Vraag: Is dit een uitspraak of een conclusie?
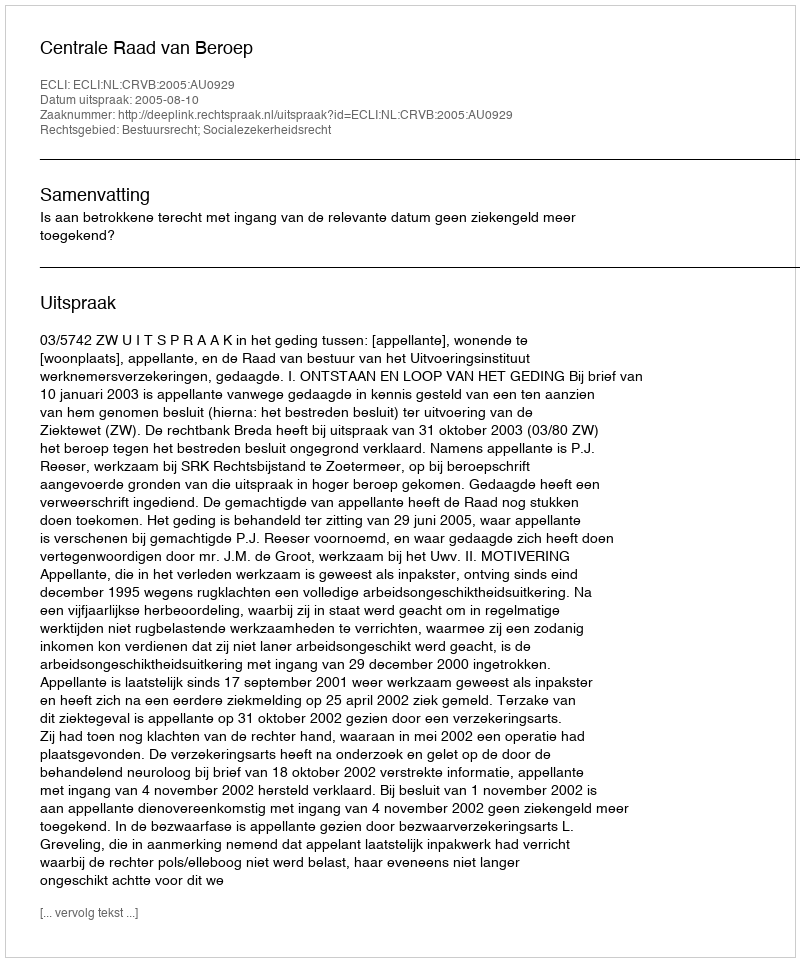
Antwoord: Uitspraak